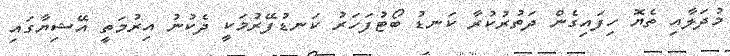
މުދަލާއި ތެޔޮ ހިފައިގެން ދަތުރުކުރާ ކަނޑު ބޯޓުފަހަރު ކަނޑުފޭރުމަކީ ދެކުނު އިރުމަތީ އޭޝިޔާގައި